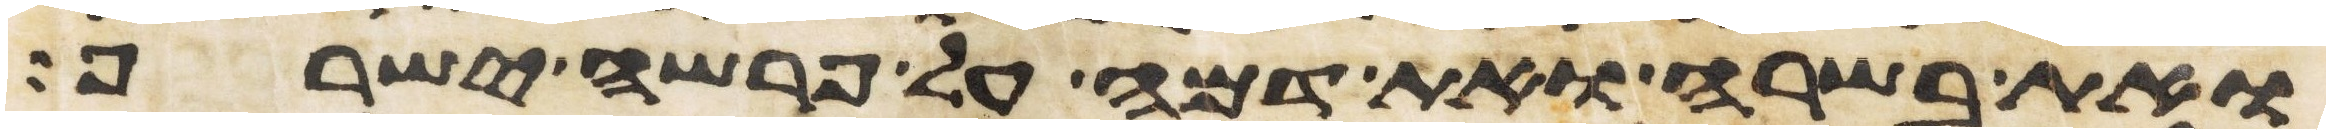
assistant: ואת בשרה ואת דמה על פרשה ישרף